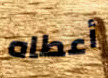
أعطاه